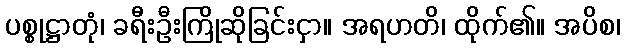
ပစ္စုဋ္ဌာတုံ၊ ခရီးဦးကြိုဆိုခြင်းငှာ။ အရဟတိ၊ ထိုက်၏။ အပိစ၊